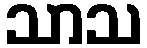
သာသ